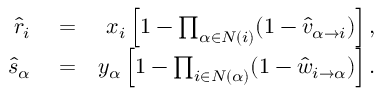
\begin{array} { r l r } { \hat { r } _ { i } } & { { } = } & { x _ { i } \left[ 1 - \prod _ { \alpha \in N ( i ) } ( 1 - \hat { v } _ { \alpha \rightarrow i } ) \right] , } \\ { \hat { s } _ { \alpha } } & { { } = } & { y _ { \alpha } \left[ 1 - \prod _ { i \in N ( \alpha ) } ( 1 - \hat { w } _ { i \rightarrow \alpha } ) \right] . } \end{array}